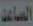
الصاعد